Scottish Leaving Certificate Examination, 1961
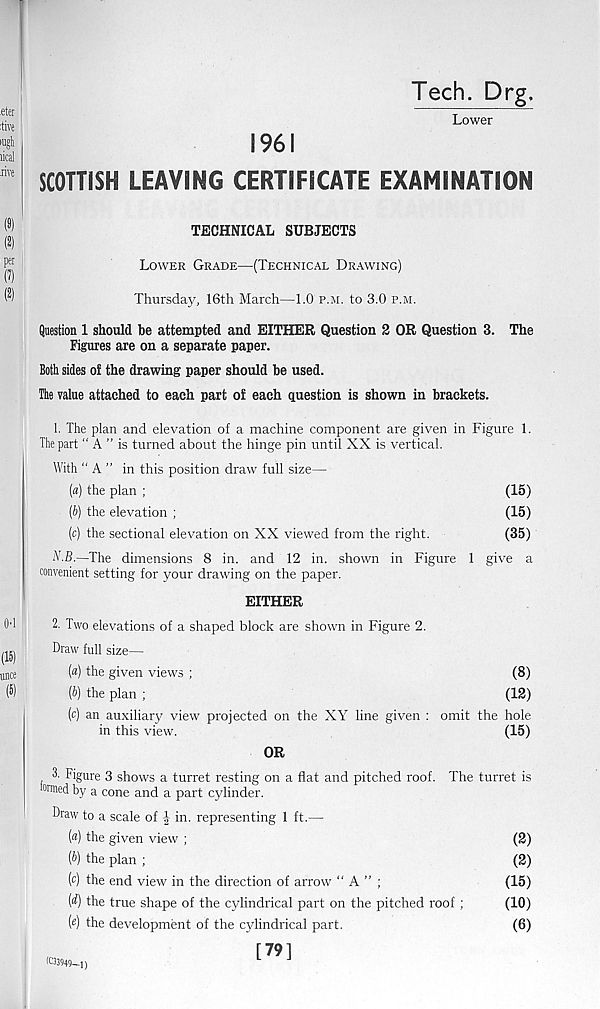
Tech. Drg.
Lower
1961
SCOTTISH LEAVING CERTIFICATE EXAMINATION
TECHNICAL SUBJECTS
Lower Grade—(Technical Drawing)
Thursday, 16th March—1.0 p.m. to 3.0 p.m.
Question 1 should be attempted and EITHER Question 2 OR Question 3. The
Figures are on a separate paper.
Both sides of the drawing paper should be used.
The value attached to each part of each question is shown in brackets.
1. The plan and elevation of a machine component are given in Figure 1.
The part “ A ” is turned about the hinge pin until XX is vertical.
With “ A ” in this position draw full size—
(a) the plan ;
(15)
(b) the elevation ;
(15)
(c) the sectional elevation on XX viewed from the right.
(35)
N.B.—The dimensions 8 in. and 12 in. shown in Figure 1 give a
convenient setting for your drawing on the paper.
EITHER
2. Two elevations of a shaped block are shown in Figure 2.
Draw full size—
(«) the given views ;
(8)
[b) the plan ;
(12)
(c) an auxiliary view projected on the XY line given : omit the hole
in this view.
(15)
OR
3. Figure 3 shows a turret resting on a flat and pitched roof. The turret is
crtned by a cone and a part cylinder.
Draw to a scale of -1 in. representing 1 ft.—
(«) the given view ;
(2)
(b) the plan ;
(2)
(c) the end view in the direction of arrow “ A ”;
(15)
{d) the true shape of the cylindrical part on the pitched roof;
(10)
(e) the development of the cylindrical part.
(6)
[79]
(C33949—1)